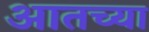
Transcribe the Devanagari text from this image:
आतच्या